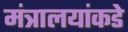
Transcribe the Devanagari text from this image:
मंत्रालयांकडे